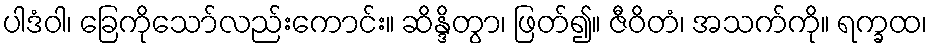
ပါဒံဝါ၊ ခြေကိုသော်လည်းကောင်း။ ဆိန္ဒိတွာ၊ ဖြတ်၍။ ဇီဝိတံ၊ အသက်ကို။ ရက္ခထ၊